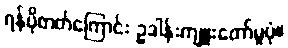
ရန်ပိုတတ်ကြောင်း ဥဒါန်းကျူးတော်မူပုံ။